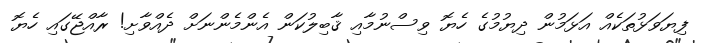
ފިޔަވަޅުތަކެއް އަޅަމުން ދިޔުމުގެ ހެޔޮ ވިސްނުމާއި ޤާބިލުކަން އެންމެންނަށް ދެއްވާށި! ރާއްޖޭގައި ހެޔޮ